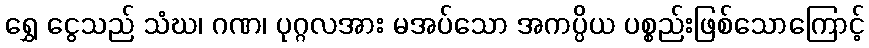
ရွှေ ငွေသည် သံဃ၊ ဂဏ၊ ပုဂ္ဂလအား မအပ်သော အကပ္ပိယ ပစ္စည်းဖြစ်သောကြောင့်